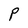
Character: P